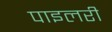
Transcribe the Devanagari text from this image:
पाइलरी